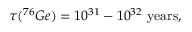
\tau ( ^ { 7 6 } G e ) = 1 0 ^ { 3 1 } - 1 0 ^ { 3 2 } \, \, \mathrm { y e a r s } ,